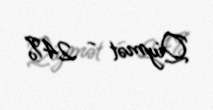
Qiymət - 24%